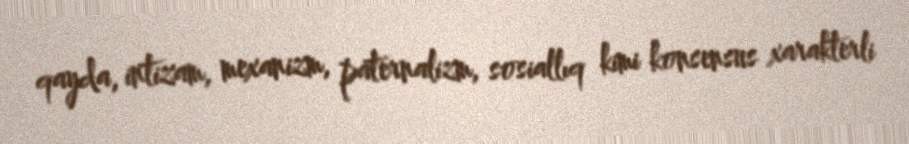
qayda, intizam, mexanizm, paternalizm, sosiallıq kimi konsensus xarakterli